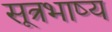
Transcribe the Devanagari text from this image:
सूत्रभाष्य